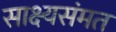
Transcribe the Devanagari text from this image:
साक्ष्यसंमत